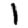
Digit: 1